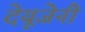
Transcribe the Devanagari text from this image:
देयूजेनी